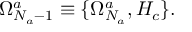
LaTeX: \Omega _ { N _ { a } - 1 } ^ { a } \equiv \{ \Omega _ { N _ { a } } ^ { a } , H _ { c } \} .